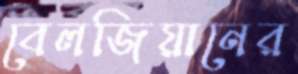
বেলজিয়ানের